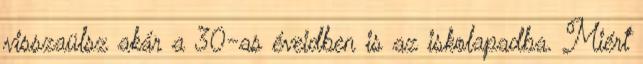
visszaülsz akár a 30-as éveidben is az iskolapadba. Miért